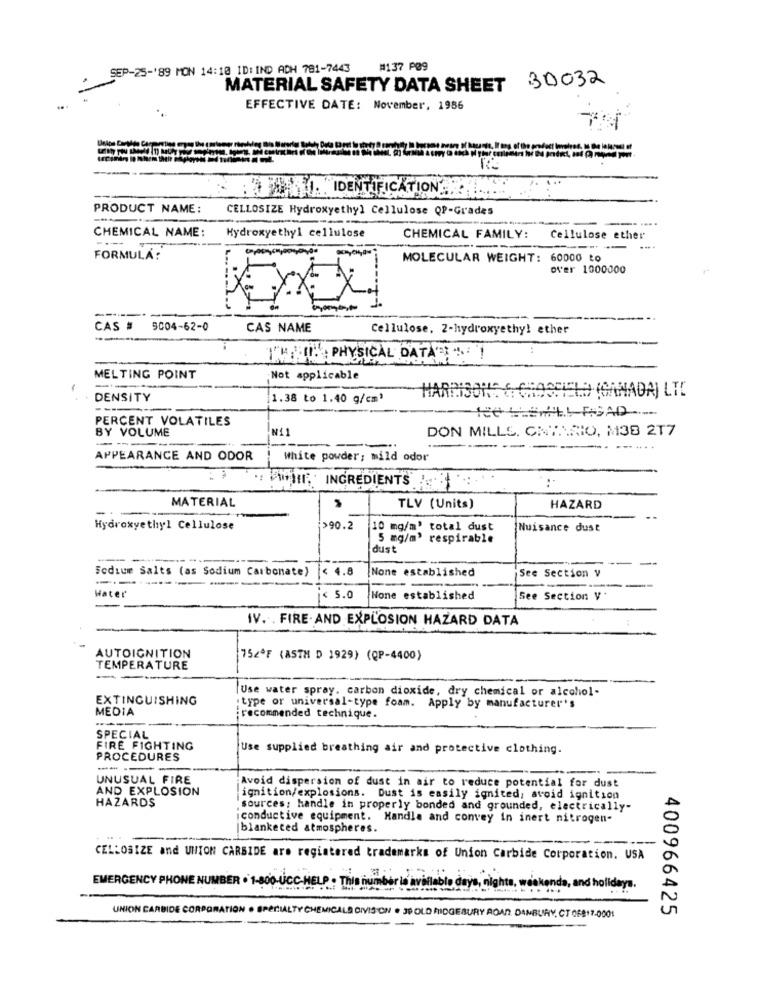
SEP-25-189 MON 14:10 ID:IND ADH 781-7443
#137 PØ9
MATERIAL SAFETY DATA SHEET 30032
EFFECTIVE DATE: November, 1986
I. IDENTIFICATION ......
PRODUCT NAME:
CELLOSIZE Hydroxyethyl Cellulose QP-Grades
CHEMICAL NAME:
Hydroxyethyl cellulose
CHEMICAL FAMILY:
Cellulose ether
FORMULA:
MOLECULAR WEIGHT: 60000 to
over 1000000
CAS #
9004-62-0
CAS NAME
Cellulose, 2-hydroxyethy! ether
THISIN' : PHYSICAL DATA'S; " !
MELTING POINT
Not applicable
HARRISON:
DENSITY
1.38 to 1.40 g/cm'
{ CHOSHIELD (CANADA) LTD
----
PERCENT VOLATILES
BY VOLUME
N11
DON MILLS. CNTINRIO, M38 2T7
--
APPEARANCE AND ODOR
White powder; mild odor
THE INGREDIENTS
MATERIAL
TLV (Units)
HAZARD
Hydroxyethyl Cellulose
>90.2
10 mg/m' total dust
Nuisance dust
5 mg/m' respirable
dust
-
Sodium Salts (as Sodium Carbonate) |< 4.8
[None established
See Section y
------
Hater
< 5.0
Hone established
See Section V
IV. . FIRE. AND EXPLOSION HAZARD DATA
AUTOIGNITION
752ºF (ASTH D 1929) (QP-4400)
TEMPERATURE
Use water spray. carbon dioxide, dry chemical or alcohol-
EXTINGUISHING
MEDIA
type or universal-type foam. Apply by manufacturer's
recommended technique.
SPECIAL
FIRE FIGHTING
Use supplied breathing air and protective clothing.
PROCEDURES
---
--
UNUSUAL FIRE
AND EXPLOSION
Avoid dispersion of dust in air to reduce potential for dust
HAZARDS
ignition/explosions. Dust is easily ignited, avoid ignition
sources: handle in properly bonded and grounded, electrically-
conductive equipment. Handle and convey in inert nitrogen-
|blanketed atmospheres.
CELLOSIZE and UNION CARBIDE are registered trademarks of Union Carbide Corporation. USA
. 3;
EMERGENCY PHONE NUMBER . 1-800-UCC-HELP . THE
ts, weekenda, and holidays.
UNION CARBIDE CORP
ATION
400966425
SPECIALTY CHEMICALS DIVISION . SO OLD RIDGEBURY ROAD. DANBURY. CT OF817.0001